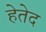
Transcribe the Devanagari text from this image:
हेतेद